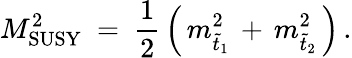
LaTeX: M_{\mathrm{SUSY}}^{2}\ =\ \frac{1}{2}\, \Big(\, m_{\tilde{t}_{1}}^{2}\, +\, m_{\tilde{t}_{2}}^{2}\, \Big)\, .